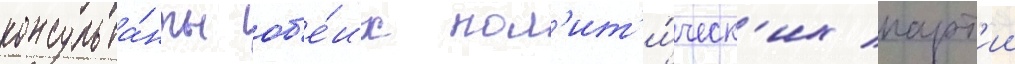
консульта́нты об'е́их пол'ит'и́ческ'их парт'ии